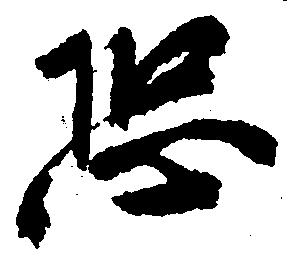
恐